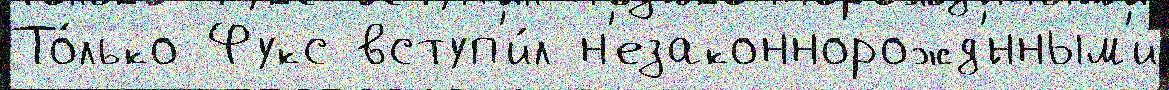
То́лько Фукс вступ'и́л н'езаконнорожд'́нным'и